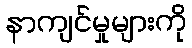
နာကျင်မှုများကို